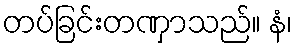
တပ်ခြင်းတဏှာသည်။ နံ၊